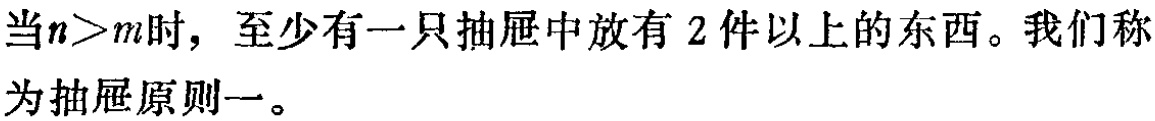
当$n>m$时，至少有一只抽屉中放有 2 件以上的东西。我们称为抽屉原则一。